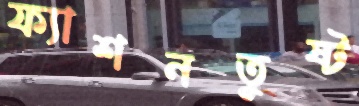
ফ্যাশনতুষ্ট